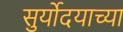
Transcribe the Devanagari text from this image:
सुर्योदयाच्या